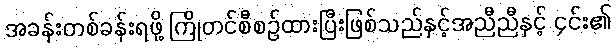
အခန်းတစ်ခန်းရဖို့ ကြိုတင်စီစဉ်ထားပြီးဖြစ်သည်နှင့်အညီညီနှင့် ၄င်း၏